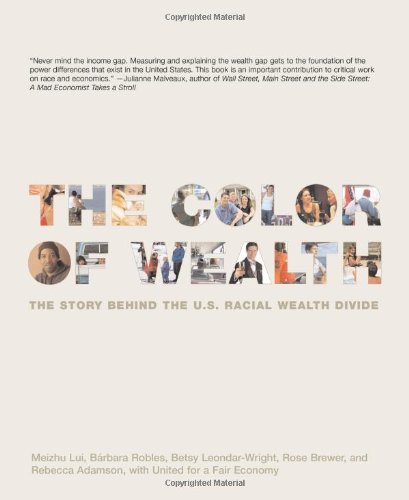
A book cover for The Color of Wealth: The Story Behind the U.S. Racial Wealth Divide; Meizhu Lui; Business & Money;